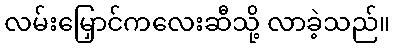
လမ်းမြှောင်ကလေးဆီသို့ လာခဲ့သည်။